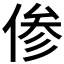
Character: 𫢺